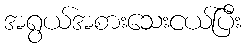
အရွယ်အစားသေးငယ်ပြီး